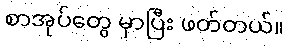
စာအုပ်တွေ မှာပြီး ဖတ်တယ်။